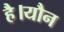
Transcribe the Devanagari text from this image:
है।यौन